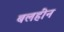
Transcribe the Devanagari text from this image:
बलहींन